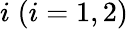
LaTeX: i\; (i=1,2)